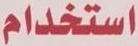
استخدام